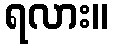
ရလား။